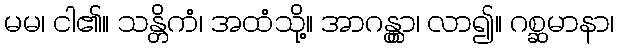
မမ၊ ငါ၏။ သန္တိကံ၊ အထံသို့။ အာဂန္တွာ၊ လာ၍။ ဂစ္ဆမာနာ၊